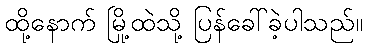
ထို့နောက် မြို့ထဲသို့ ပြန်ခေါ်ခဲ့ပါသည်။